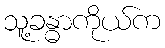
သူ့ခန္ဓာကိုယ်က